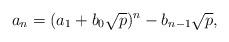
LaTeX: \begin{align*}a_n = (a_1+b_0\sqrt{p})^n - b_{n-1}\sqrt{p}, \end{align*}